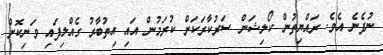
ނުފެނެ އެވެ. ރައްޔިތުން ކޯލިޝަން ސަރުކާރަކަށް ކުރަމުން އައި އިތުބާރު ގެއްލިފައި ވަނިކޮށް